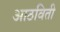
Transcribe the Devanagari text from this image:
आठविती